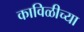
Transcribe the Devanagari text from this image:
काविळीच्या